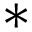
\ast